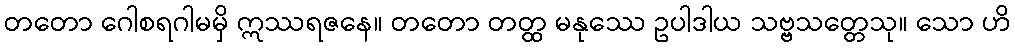
တတော ဂေါစရဂါမမှိ ဣဿရဇနေ။ တတော တတ္ထ မနုဿေ ဥပါဒါယ သဗ္ဗသတ္တေသု။ သော ဟိ